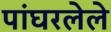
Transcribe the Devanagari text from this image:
पांघरलेले